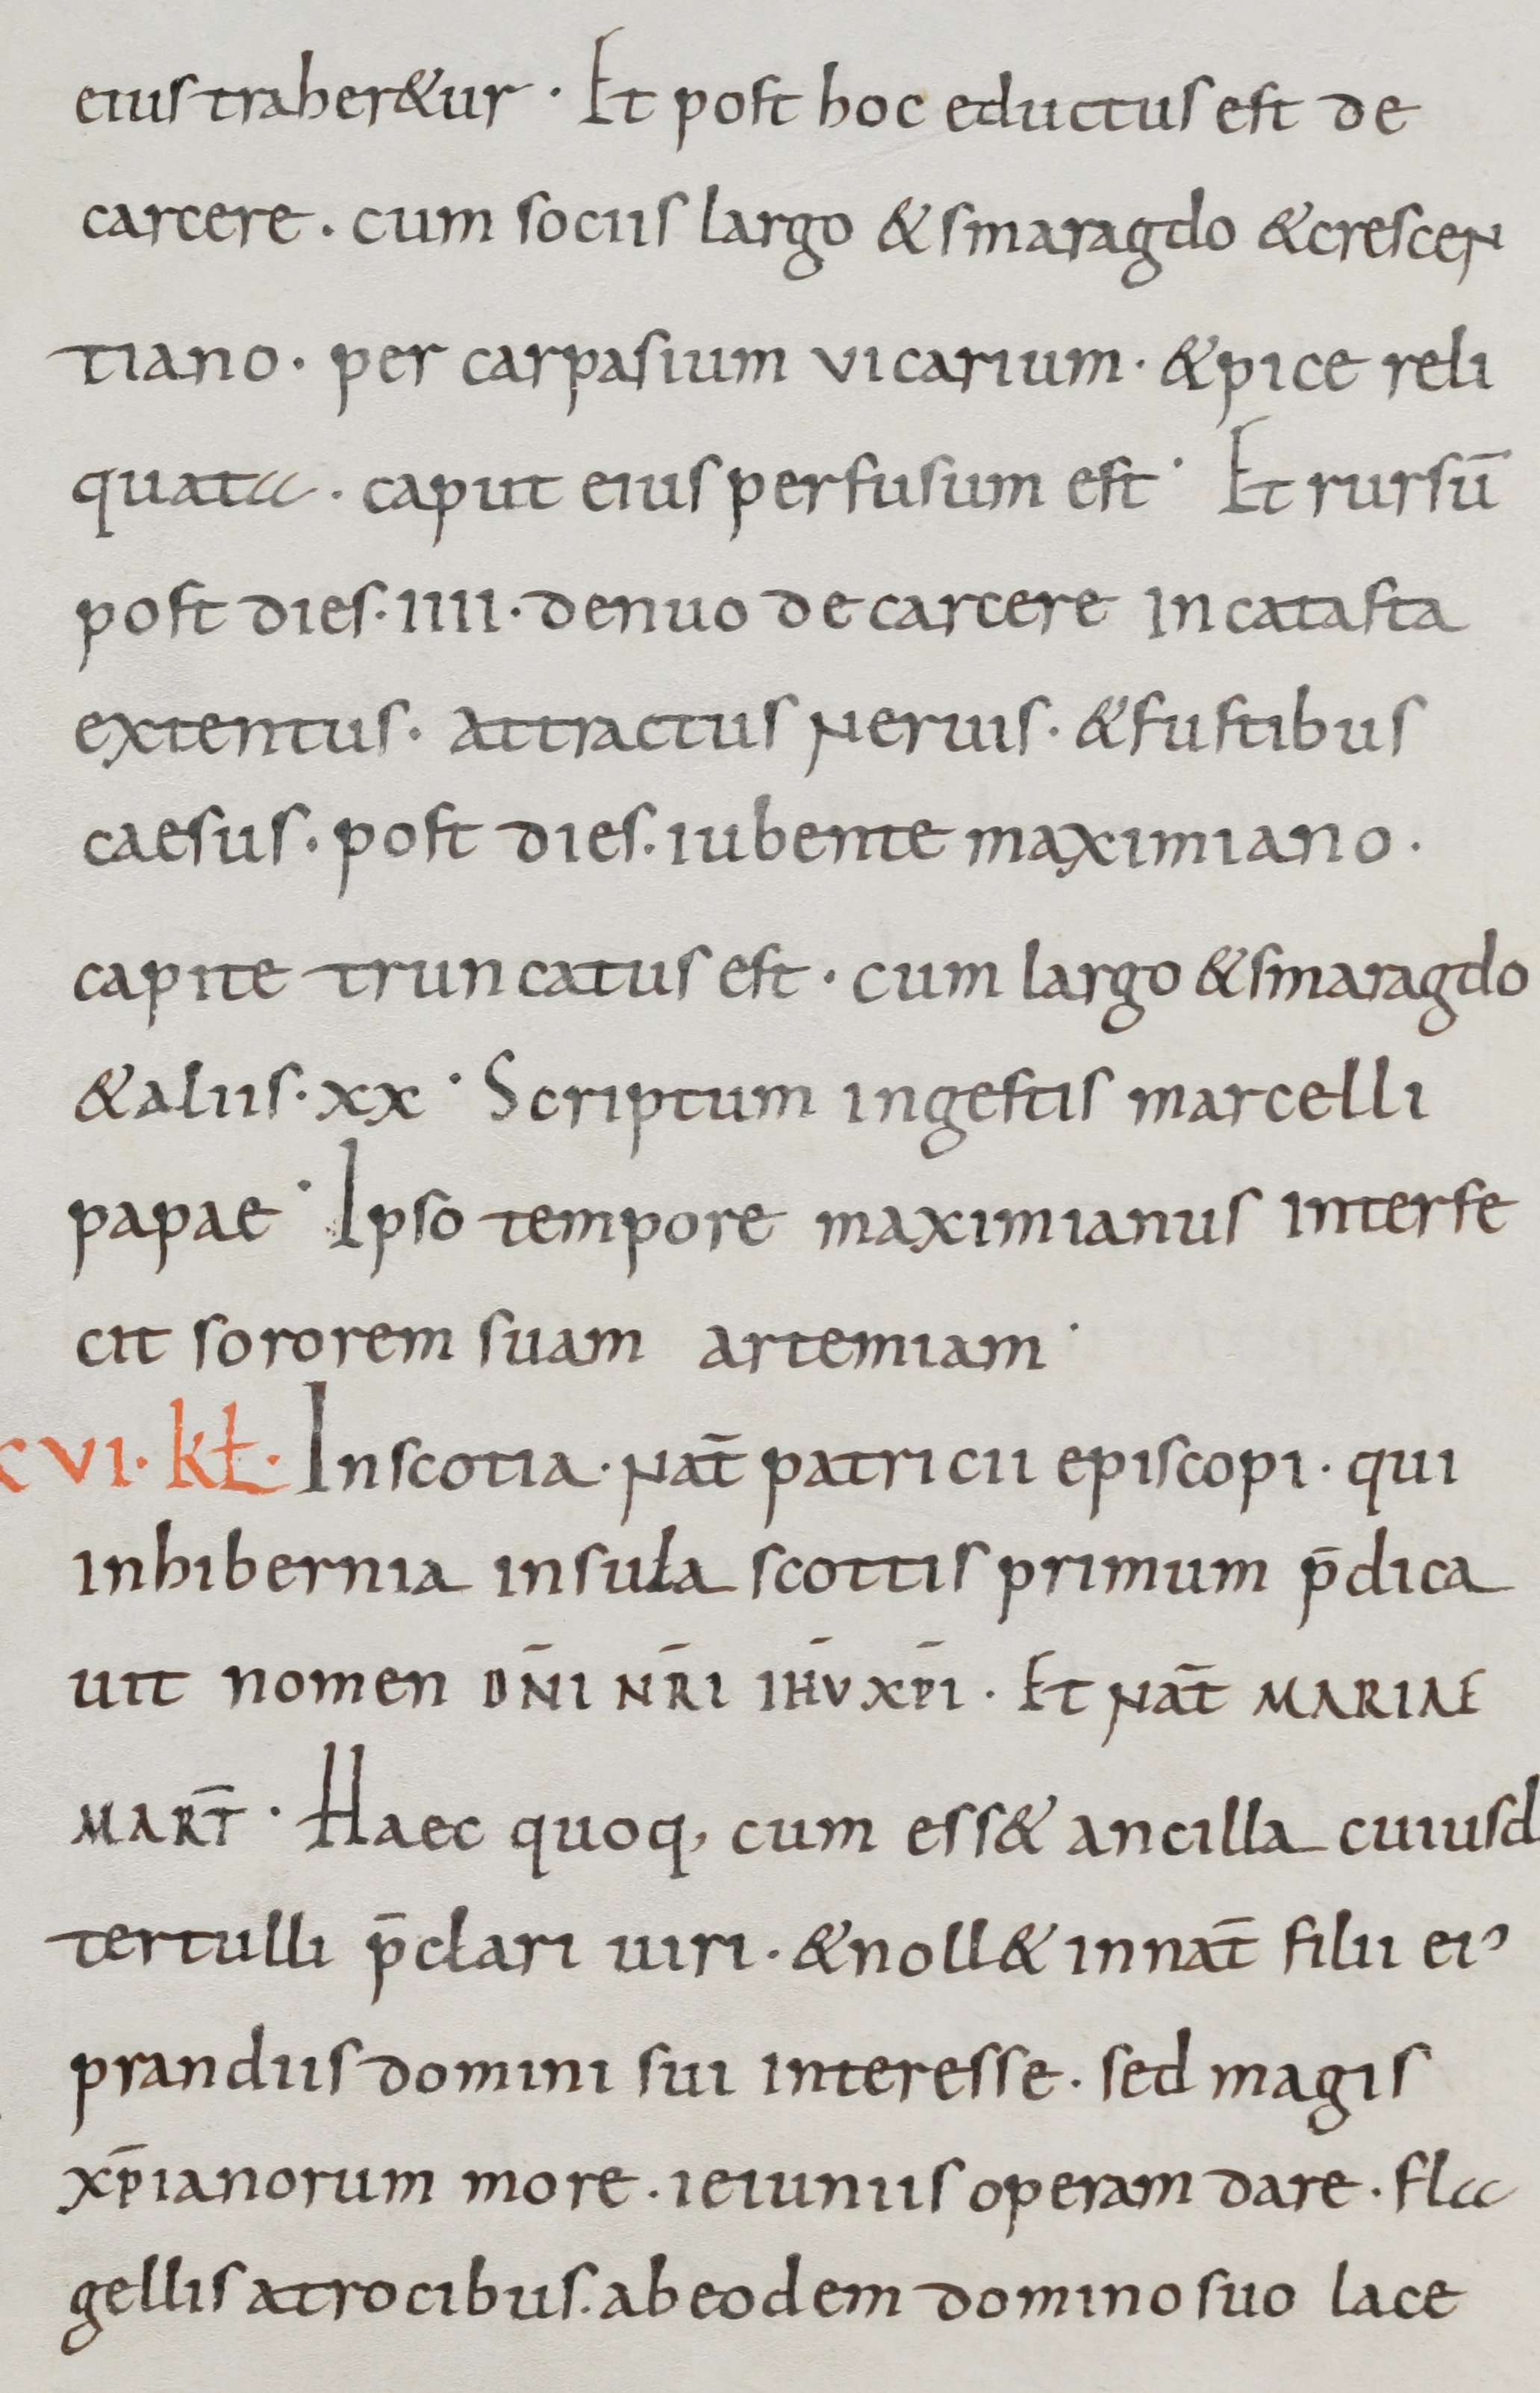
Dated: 800–899